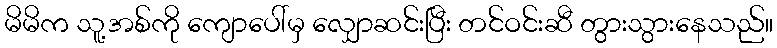
မိမိက သူ့အစ်ကို ကျောပေါ်မှ လျှောဆင်းပြီး တင်ဝင်းဆီ တွားသွားနေသည်။